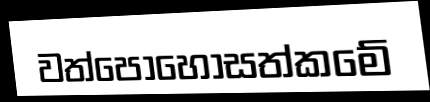
වත්පොහොසත්කමේ